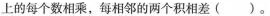
上的每个数相乘，每相邻的两个积相差(